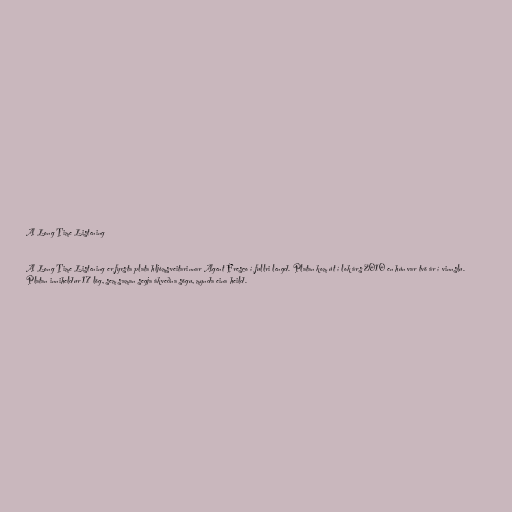
A Long Time Listening

A Long Time Listening er fyrsta plata hljómsveitarinnar Agent Fresco í fullri lengd. Platan kom út í lok árs 2010 en hún var tvö ár í vinnslu.
Platan inniheldur 17 lög, sem saman segja ákveðna sögu, mynda eina heild.